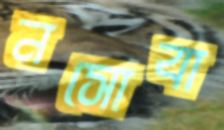
নসোবা